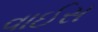
વાઈસ